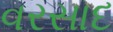
વરસાદ